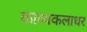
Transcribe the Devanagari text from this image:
काव्यकलाधर